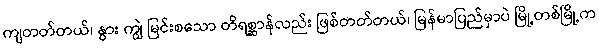
ကျတတ်တယ်၊ နွား ကျွဲ မြင်းစသော တိရစ္ဆာန်လည်း ဖြစ်တတ်တယ်၊ မြန်မာပြည်မှာပဲ မြို့တစ်မြို့က